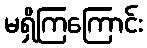
မရှိကြကြောင်း